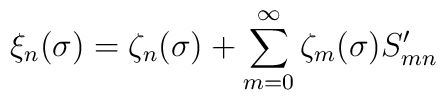
\xi_n(\sigma) = \zeta_n(\sigma) + \sum_{m=0}^\infty \zeta_m(\sigma) S'_{mn}